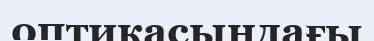
оптикасындағы